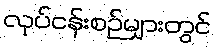
လုပ်ငန်းစဉ်များတွင်